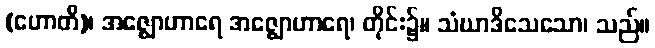
(ဟောတိ)၊ အဇ္ဈောဟာရေ အဇ္ဈောဟာရေ၊ တိုင်း၌။ သံဃာဒိသေသော၊ သည်။